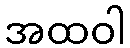
အထဝါ